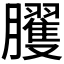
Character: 𰯪